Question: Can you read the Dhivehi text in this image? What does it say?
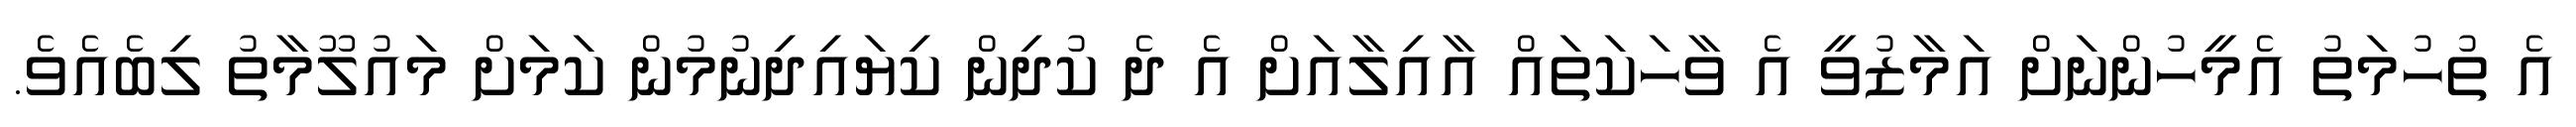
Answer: އެ ތުހުމަތު އެމީހުންނަށް އަމާޒުވީ އެ ވާހަކަތައް އާއިލާއަށް އެ ދެ ކުދިން ކިޔައިދިނުމުން ކަމަށް މައުލޫމާތު ލިބެއެވެ.